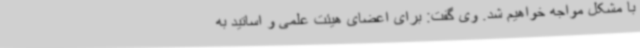
با مشکل مواجه خواهیم شد. وی گفت: برای اعضای هیئت علمی و اساتید به